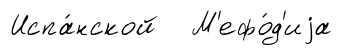
Испа́нской М'ефо́д'иjа